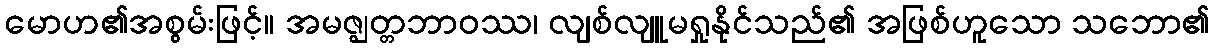
မောဟ၏အစွမ်းဖြင့်။ အမဇ္ဈတ္တဘာဝဿ၊ လျစ်လျူမရှုနိုင်သည်၏ အဖြစ်ဟူသော သဘော၏